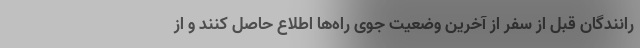
رانندگان قبل از سفر از آخرین وضعیت جوی راه‌ها اطلاع حاصل کنند و از